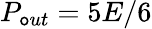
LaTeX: P_{\mathtt{o}ut}=5E/6